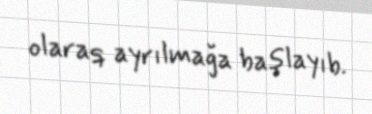
olaraq ayrılmağa başlayıb.